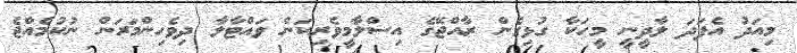
މިއަދު އެފަދަ ލާދީނީ މީހަކާ ގުޅިގެން ރާއްޖޭގެ އިސްލާމީވެރިކަން ވައްޓާލާ ދިވެހިންމަރަން ނުކުމެއްޖެ